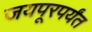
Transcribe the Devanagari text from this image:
जयपूरपर्यंत